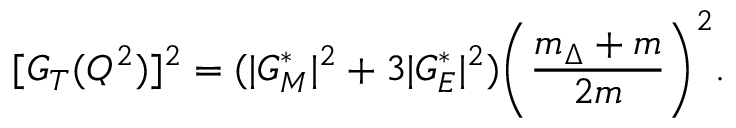
[ G _ { T } ( Q ^ { 2 } ) ] ^ { 2 } = ( | G _ { M } ^ { * } | ^ { 2 } + 3 | G _ { E } ^ { * } | ^ { 2 } ) \bigg ( \frac { m _ { \Delta } + m } { 2 m } \bigg ) ^ { 2 } .